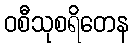
ဝစီသုစရိတေန